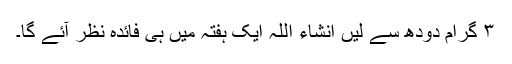
۳ گرام دودھ سے لیں انشاء اللہ ایک ہفتہ میں ہی فائدہ نظر آئے گا۔